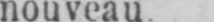
nouveau.